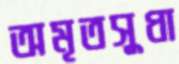
অমৃতসুধা